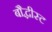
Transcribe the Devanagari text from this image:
बौद्धीस्ट